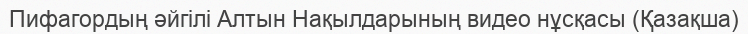
Пифагордың әйгілі Алтын Нақылдарының видео нұсқасы (Қазақша)